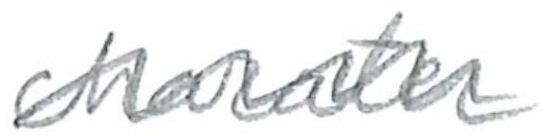
Text: character
Cross-out: wave
Writing tool: pencil